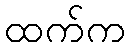
ထက်က